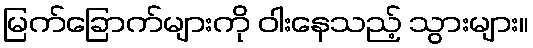
မြက်ခြောက်များကို ဝါးနေသည့် သွားများ။